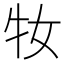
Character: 𤘙